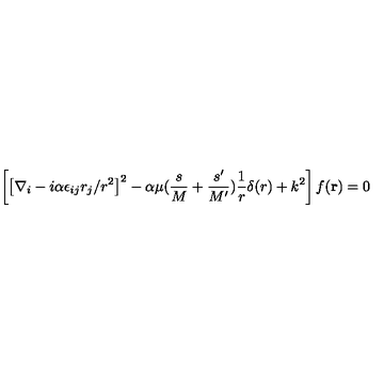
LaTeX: \left[ \left[ \nabla _ { i } - i \alpha \epsilon _ { i j } r _ { j } / r ^ { 2 } \right] ^ { 2 } - \alpha \mu ( { \frac { s } { M } } + { \frac { s ^ { \prime } } { M ^ { \prime } } } ) { \frac { 1 } { r } } \delta ( r ) + k ^ { 2 } \right] f ( { \bf r } ) = 0